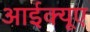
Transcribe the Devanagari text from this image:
आईक्यूए